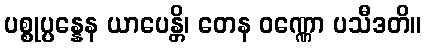
ပစ္စုပ္ပန္နေန ယာပေန္တိ၊ တေန ဝဏ္ဏော ပသီဒတိ။